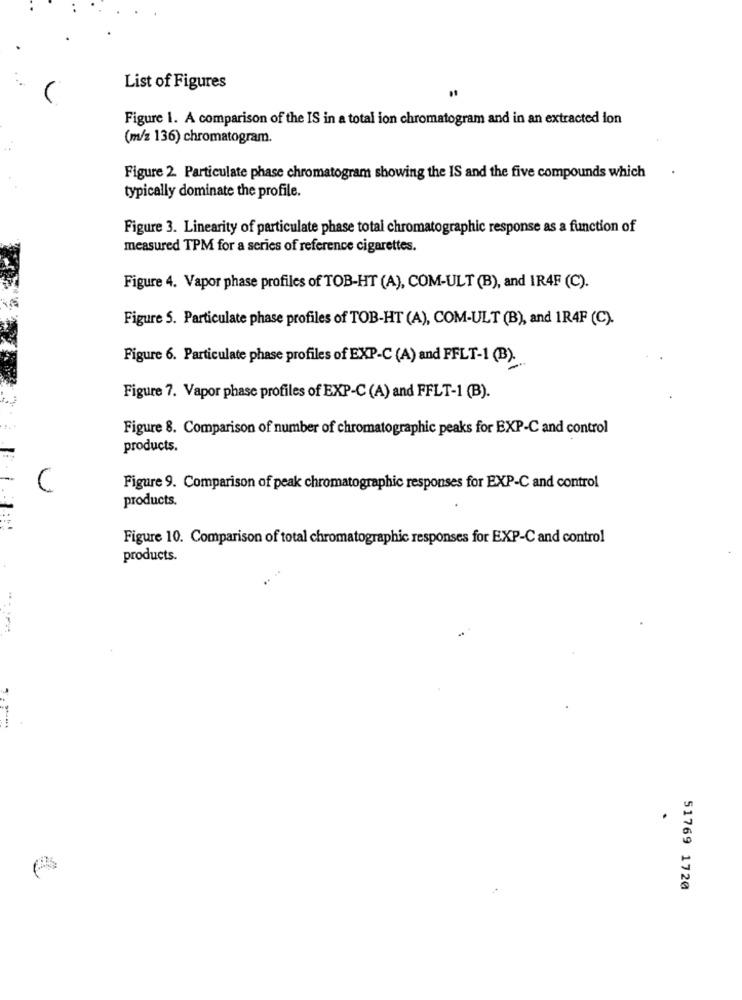
List of Figures
Figure 1. A comparison of the IS in a total ion chromatogram and in an extracted ion
(m/z 136) chromatogram.
Figure 2. Particulate phase chromatogram showing the IS and the five compounds which
typically dominate the profile.
Figure 3. Linearity of particulate phase total chromatographic response as a function of
measured TPM for a series of reference cigarettes.
Figure 4. Vapor phase profiles of TOB-HT (A), COM-ULT (B), and IR4F (C).
Figure 5. Particulate phase profiles of TOB-HT (A), COM-ULT (B), and 1R4F (C).
Figure 6. Particulate phase profiles of EXP-C (A) and FFLT-1 (B).
Figure 7. Vapor phase profiles of EXP-C (A) and FFLT-1 (B).
Figure 8. Comparison of number of chromatographic peaks for EXP-C and control
products.
Figure 9. Comparison of peak chromatographic responses for EXP-C and control
products.
Figure 10. Comparison of total chromatographic responses for EXP-C and control
products.
51769 1720